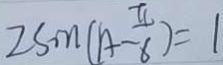
2 \sin ( A - \frac { \pi } { 6 } ) = 1